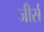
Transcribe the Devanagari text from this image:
जीर्स